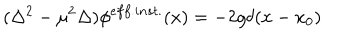
( \Delta ^ { 2 } - \mu ^ { 2 } \Delta ) \phi ^ { e f f . i n s t . } ( x ) = - 2 g \delta ( x - x _ { 0 } )